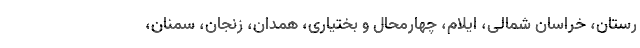
رستان، خراسان شمالی، ایلام، چهارمحال و بختیاری، همدان، زنجان، سمنان،